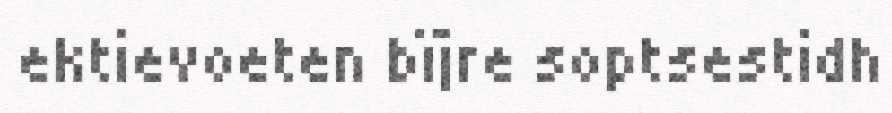
ektievoeten bïjre soptsestidh